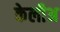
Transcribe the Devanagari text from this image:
केलीअ